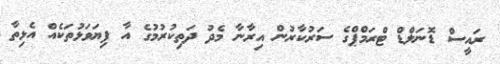
ރައީސް ޑޮނަލްޑް ޓްރަމްޕްގެ ސަރުކާރުން އިރާނާ މެދު ދަތިކުރުމުގެ އާ ފިޔަވަޅުތަކެއް އެޅިތާ